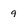
Character: 9